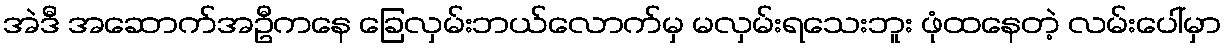
အဲဒီ အဆောက်အဦကနေ ခြေလှမ်းဘယ်လောက်မှ မလှမ်းရသေးဘူး ဖုံထနေတဲ့ လမ်းပေါ်မှာ